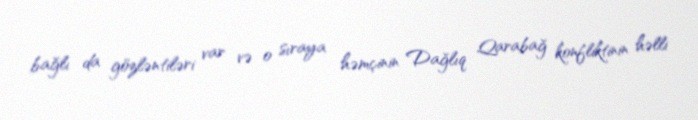
bağlı da gözləntiləri var və o sıraya həmçinin Dağlıq Qarabağ konfliktinin həlli